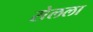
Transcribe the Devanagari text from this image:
सेलला